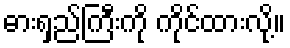
ဓားရှည်ကြီးကို ကိုင်ထားလို့။